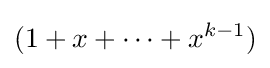
(1+x+\dots +x^{k-1})